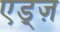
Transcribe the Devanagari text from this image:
एड्ज़